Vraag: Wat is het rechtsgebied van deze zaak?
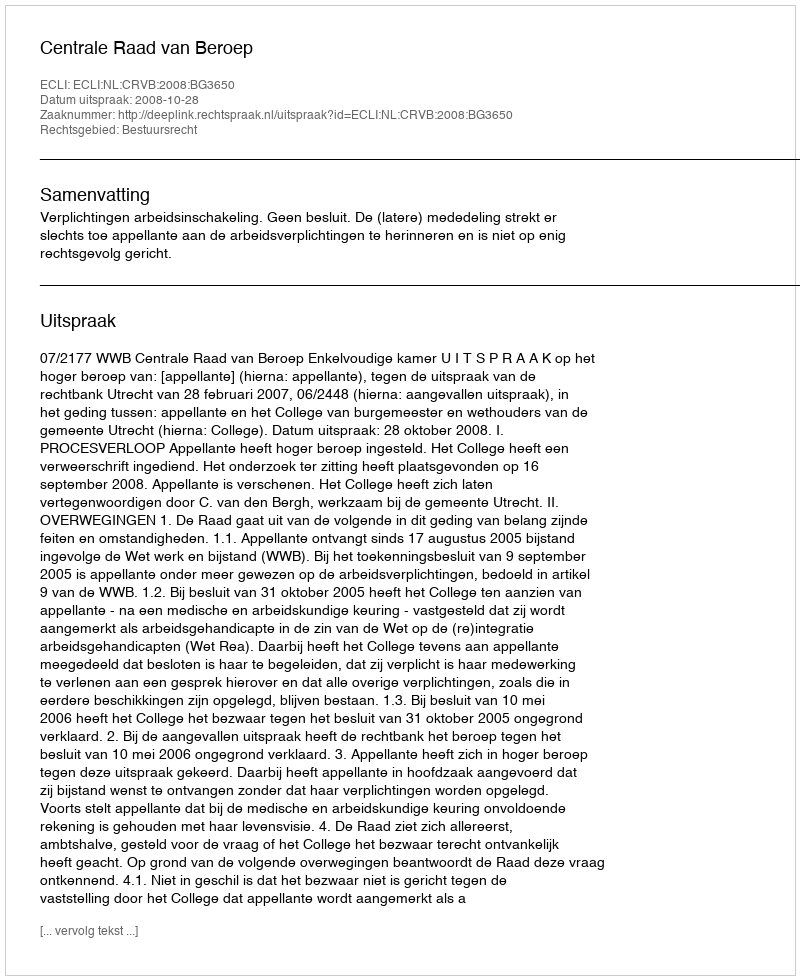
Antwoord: Bestuursrecht